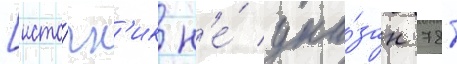
[исто́чн'ик н'е́ ука́зан 781